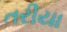
તરીયા